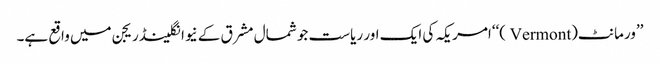
’’ورمانٹ(Vermont )‘‘امریکہ کی ایک اور ریاست جو شمال مشرق کے نیوانگلینڈریجن میں واقع ہے۔